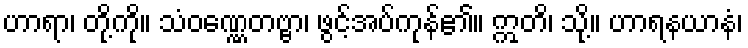
ဟာရာ၊ တို့ကို။ သံဝဏ္ဏေတဗ္ဗာ၊ ဖွင့်အပ်ကုန်၏။ ဣတိ၊ သို့။ ဟာရနယာနံ၊